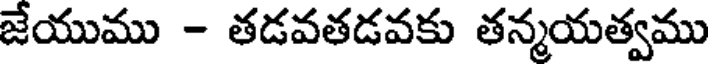
జేయుము - తడవతడవకు తన్మయత్వము